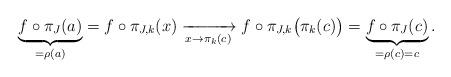
LaTeX: \begin{align*} \underbrace{f\circ\pi_J(a)}_{=\rho(a)}=f\circ\pi_{J,k}(x) \xrightarrow[x\to\pi_k(c)]{} f\circ\pi_{J,k}\big(\pi_k(c)\big)=\underbrace{f\circ\pi_J(c)}_{=\rho(c)=c}. \end{align*}